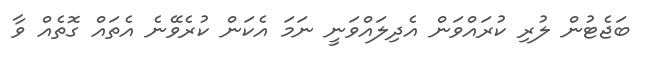
ބަޖެޓުން ލުރި ކުރައްވަން އެދިލައްވަނީ ނަމަ އެކަން ކުރެވޭނެ އެތައް ގޮތެއް ވާ